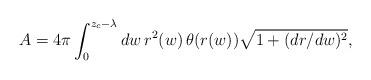
LaTeX: \begin{align*}A=4\pi\int_0^{z_c-\lambda}dw\,r^2(w)\,\theta(r(w))\sqrt{1+(dr/dw)^2},\end{align*}